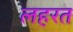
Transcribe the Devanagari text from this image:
लहरत